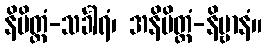
နိမိတ္တံ-သင်္ခါရံ၊ အနိမိတ္တံ-နိဗ္ဗာနံ။